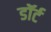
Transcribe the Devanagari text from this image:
डॉर्ट